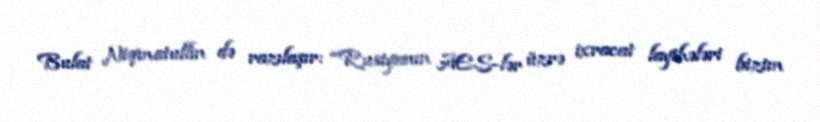
Bulat Niqmatullin də razılaşır: “Rusiyanın AES-lər üzrə ixracat layihələri bizim